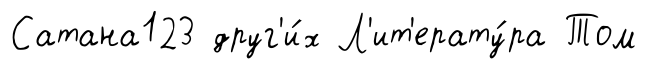
Сатана123 друг'и́х Л'ит'ерату́ра Том